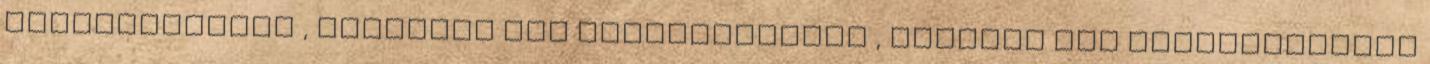
dombornyomott , Electron nem dombornyomott , Maestro nem dombornyomott